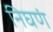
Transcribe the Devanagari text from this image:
निघणं